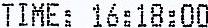
TIME: 16:18:00